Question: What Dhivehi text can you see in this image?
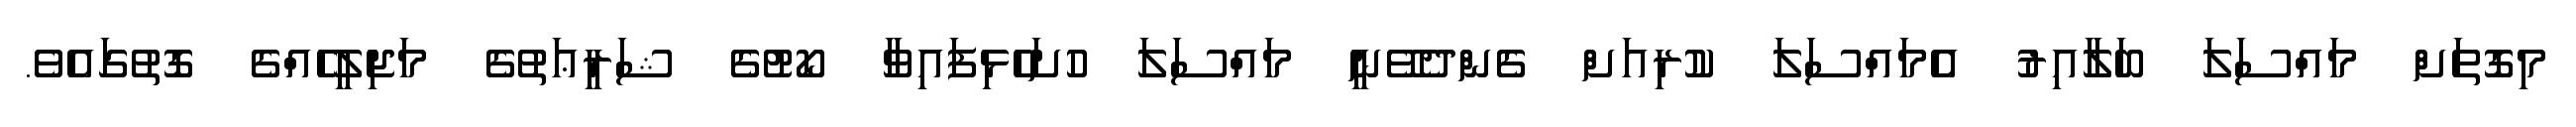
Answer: މިގޮތަށް މައްސަލަ ބަލާއިރު އެމައްސަލަ ކުރިއަށް ގެންދެވޭނީ މައްސަލަ ހުށަހެޅިފައިވާ ކޯޓުގެ ޝަރީޢަތުގެ މަޖިލީހެއްގެ ގޮތުގައެވެ.